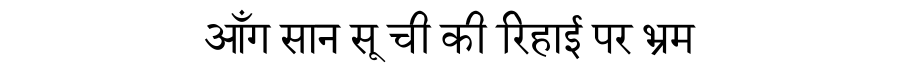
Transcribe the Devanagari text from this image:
आँग सान सू ची की रिहाई पर भ्रम